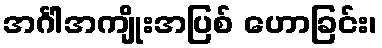
အင်္ဂါအကျိုးအပြစ် ဟောခြင်း၊